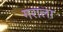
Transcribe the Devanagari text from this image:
गराला